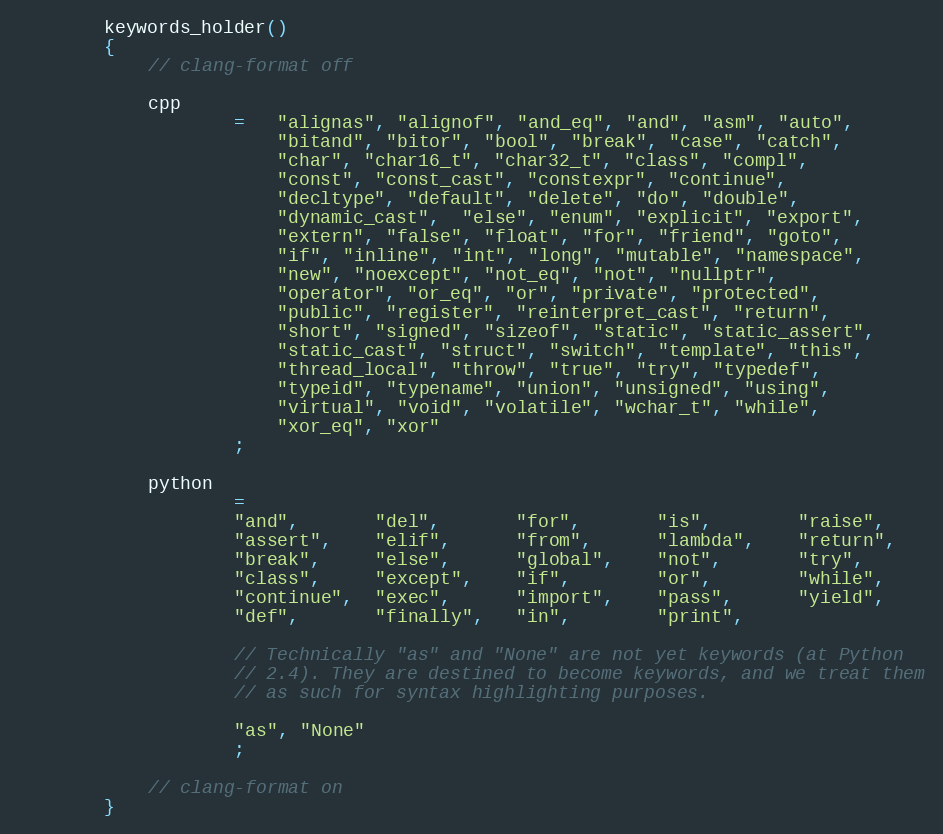
Language: C++
        keywords_holder()
        {
            // clang-format off

            cpp
                    =   "alignas", "alignof", "and_eq", "and", "asm", "auto",
                        "bitand", "bitor", "bool", "break", "case", "catch",
                        "char", "char16_t", "char32_t", "class", "compl",
                        "const", "const_cast", "constexpr", "continue",
                        "decltype", "default", "delete", "do", "double",
                        "dynamic_cast",  "else", "enum", "explicit", "export",
                        "extern", "false", "float", "for", "friend", "goto",
                        "if", "inline", "int", "long", "mutable", "namespace",
                        "new", "noexcept", "not_eq", "not", "nullptr",
                        "operator", "or_eq", "or", "private", "protected",
                        "public", "register", "reinterpret_cast", "return",
                        "short", "signed", "sizeof", "static", "static_assert",
                        "static_cast", "struct", "switch", "template", "this",
                        "thread_local", "throw", "true", "try", "typedef",
                        "typeid", "typename", "union", "unsigned", "using",
                        "virtual", "void", "volatile", "wchar_t", "while",
                        "xor_eq", "xor"
                    ;

            python
                    =
                    "and",       "del",       "for",       "is",        "raise",
                    "assert",    "elif",      "from",      "lambda",    "return",
                    "break",     "else",      "global",    "not",       "try",
                    "class",     "except",    "if",        "or",        "while",
                    "continue",  "exec",      "import",    "pass",      "yield",
                    "def",       "finally",   "in",        "print",

                    // Technically "as" and "None" are not yet keywords (at Python
                    // 2.4). They are destined to become keywords, and we treat them
                    // as such for syntax highlighting purposes.

                    "as", "None"
                    ;

            // clang-format on
        }